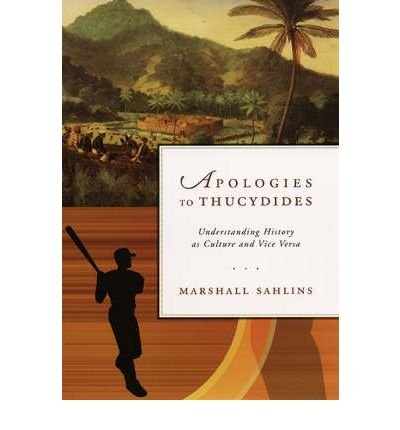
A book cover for Apologies to Thucydides: Understanding History as Culture and Vice Versa (Hardback) - Common; By (author) Marshall Sahlins; History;